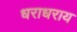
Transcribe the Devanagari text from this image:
धराधराय